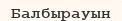
Балбырауын